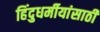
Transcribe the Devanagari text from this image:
हिंदुधर्मीयांसाठी